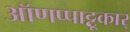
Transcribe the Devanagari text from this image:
ऑणप्पाट्टू़कार्